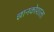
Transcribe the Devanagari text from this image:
ज्ञानकोशाला